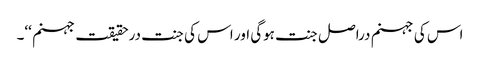
اس کی جہنم دراصل جنت ہوگی اور اس کی جنت درحقیقت جہنم ‘‘۔